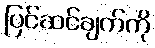
ပြင်ဆင်ချက်ကို